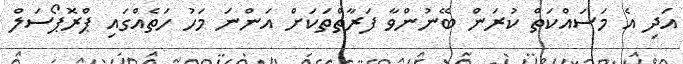
އަދި އެ މަސައްކަތް ކުރަން ބޭނުންވާ ފަރާތްތަކަށް އަންނަ މަހު ހަތެއްގައި ޕްރޮޕޯސަލް